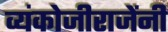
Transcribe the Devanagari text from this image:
व्यंकोजीराजेंनी